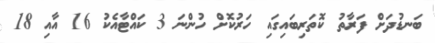
ބަނޑުދަށް ފަރާތު ކޮތަރިބައިގައި ހަރުކޮށް ހުންނަ 3 ކައްޓާއެކު 16 އާއި 18